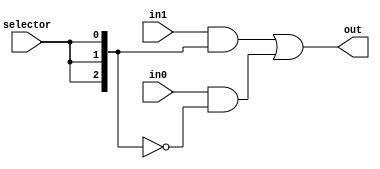
module multiplexer3 (
    input [2:0] in0,
    input [2:0] in1,
    input selector,
    output [2:0] out);

    wire [2:0] s;

    assign s = {selector,selector,selector};

    assign out = (in1&s) | (in0&~s);

endmodule